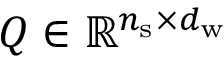
Q \in \mathbb { R } ^ { n _ { \mathrm { s } } \times d _ { \mathrm { w } } }